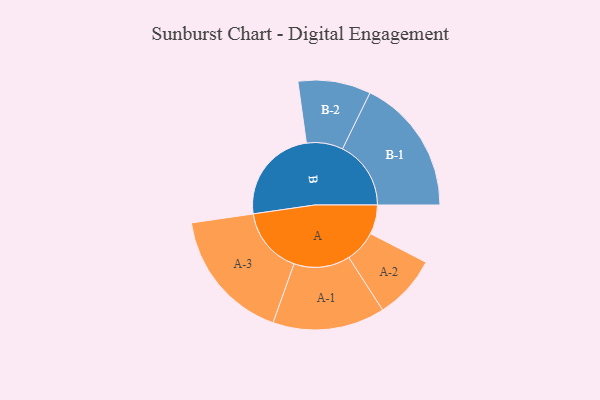
{"axis": {"x": "Segment", "y": "Value"}, "legend": ["", "A", "B"], "data": [{"x": "A", "y": 126, "type": ""}, {"x": "B", "y": 417, "type": ""}, {"x": "A-1", "y": 242, "type": "A"}, {"x": "A-2", "y": 138, "type": "A"}, {"x": "A-3", "y": 287, "type": "A"}, {"x": "B-1", "y": 295, "type": "B"}, {"x": "B-2", "y": 157, "type": "B"}]}